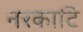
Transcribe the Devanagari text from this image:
नरकाटि